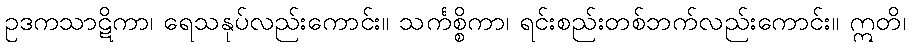
ဥဒကသာဋိကာ၊ ရေသနုပ်လည်းကောင်း။ သင်္ကစ္စိကာ၊ ရင်းစည်းတစ်ဘက်လည်းကောင်း။ ဣတိ၊